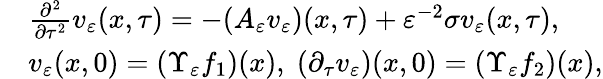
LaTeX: \begin{array}{rl}&{\frac{\partial^{2}}{\partial\tau^{2}}v_{\varepsilon}(x,\tau)=-(A_{\varepsilon}v_{\varepsilon})(x,\tau)+\varepsilon^{-2}\sigma v_{\varepsilon}(x,\tau),}\\ &{v_{\varepsilon}(x,0)=(\Upsilon_{\varepsilon}f_{1})(x),\; (\partial_{\tau}v_{\varepsilon})(x,0)=(\Upsilon_{\varepsilon}f_{2})(x),}\end{array}